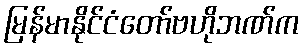
မြန်မာနိုင်ငံတော်ဗဟိုဘဏ်က